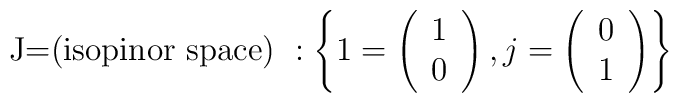
\mbox{J=(isopinor space) }: \left\{ 1= \left( \begin{array}{l} 1\\ 0  \end{array} \right), j= \left( \begin{array}{l} 0\\ 1  \end{array} \right) \right\}